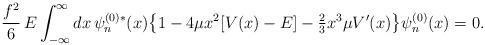
LaTeX: \begin{align*}\frac{f^2}{6}\,E\int_{-\infty}^\infty dx\, \psi^{(0)*}_n(x)\bigl\{1-4\mu x^2[V(x)-E]-{\textstyle\frac{2}{3}} x^3\mu V'(x)\bigr\}\psi^{(0)}_n(x)=0.\end{align*}